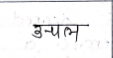
मजकूर: उन्चल